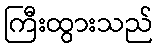
ကြီးထွားသည်